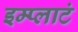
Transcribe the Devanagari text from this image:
इम्प्लाटं